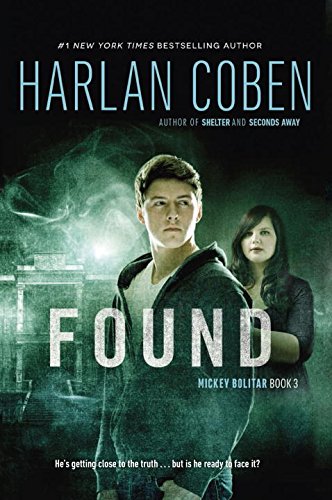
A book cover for Found (A Mickey Bolitar Novel); Harlan Coben; Teen & Young Adult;